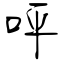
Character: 呯